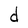
Character: d